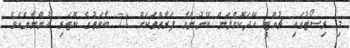
މި ރިސޯޓުގައި ޗުއްޓީ ހޭދަކޮށްލަން ބޭނުންވާ ފަރާތްތަކަށް 71 ބާވަތުގެ ކޮޓަރި ހުންނާނެއެވެ.